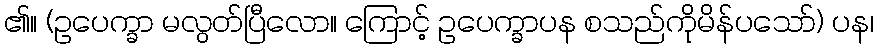
၏။ (ဥပေက္ခာ မလွတ်ပြီလော။ ကြောင့် ဥပေက္ခာပန စသည်ကိုမိန်ပသော်) ပန၊